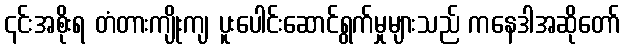
၎င်းအစိုးရ တံတားကျိုးကျ ပူးပေါင်းဆောင်ရွက်မှုများသည် ကနေဒါအဆိုတော်